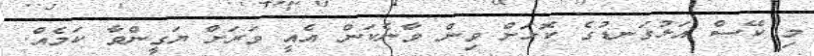
މި ކޭސް އަޅުގަނޑުގެ ކޮޅަށް ވިން ވާނެކަން އެއީ ވަރަށް ޔަގީންވާ ކަމެއް.